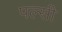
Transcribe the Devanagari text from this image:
पल्सी